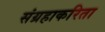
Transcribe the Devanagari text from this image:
संग्रहाकरिता